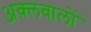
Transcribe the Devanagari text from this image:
अक़्लवालों